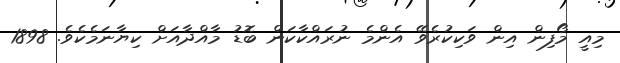
މިއީ މޯފިން އިން ވަކިކުރެވޭ އެންމެ ނުރައްކާކަން ބޮޑު މާއްދާއަށް ކިޔާނަމެކެވެ. 1898